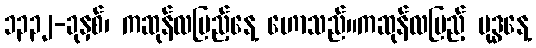
၁၃၃၂-ခုနှစ်၊ ကဆုန်လပြည့်နေ့ ဟောသည်။ကဆုန်လပြည့် ဗုဒ္ဓနေ့